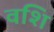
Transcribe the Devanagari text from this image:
वशि